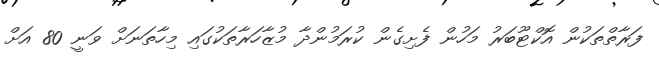
ފަރާތްތަކުން އޮކްޓޫބަރު މަހުން ފެށިގެން ކުރަމުންދާ މުޒާހަރާތަކުގައި މިހާތަނަށް ވަނީ 80 އަށް